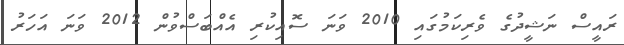
ރައީސް ނަޝީދުގެ ވެރިކަމުގައި 2010 ވަނަ ސޮއިކުރި އެއްބަސްވުން 2012 ވަނަ އަހަރު